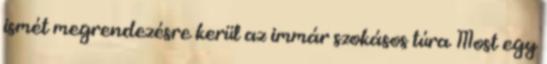
ismét megrendezésre kerül az immár szokásos túra Most egy